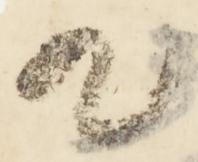
歟